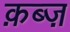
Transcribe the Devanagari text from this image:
क़ब्ज़